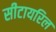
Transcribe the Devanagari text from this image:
सीटायरिल